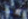
يلعب